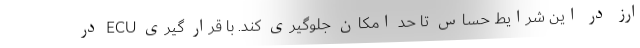
ارز در این شرایط حساس تا حد امکان جلوگیری کند. با قرار گیری ECU در